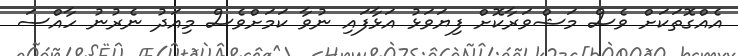
އެއްގޮތަކަށް ވެސް މަޝްވަރާކޮށް ފިޔަވަޅު އަޅާފައި ނުވާ ކަމަށްވެސް މިއަދު ނެރުނު ހާއްސަ